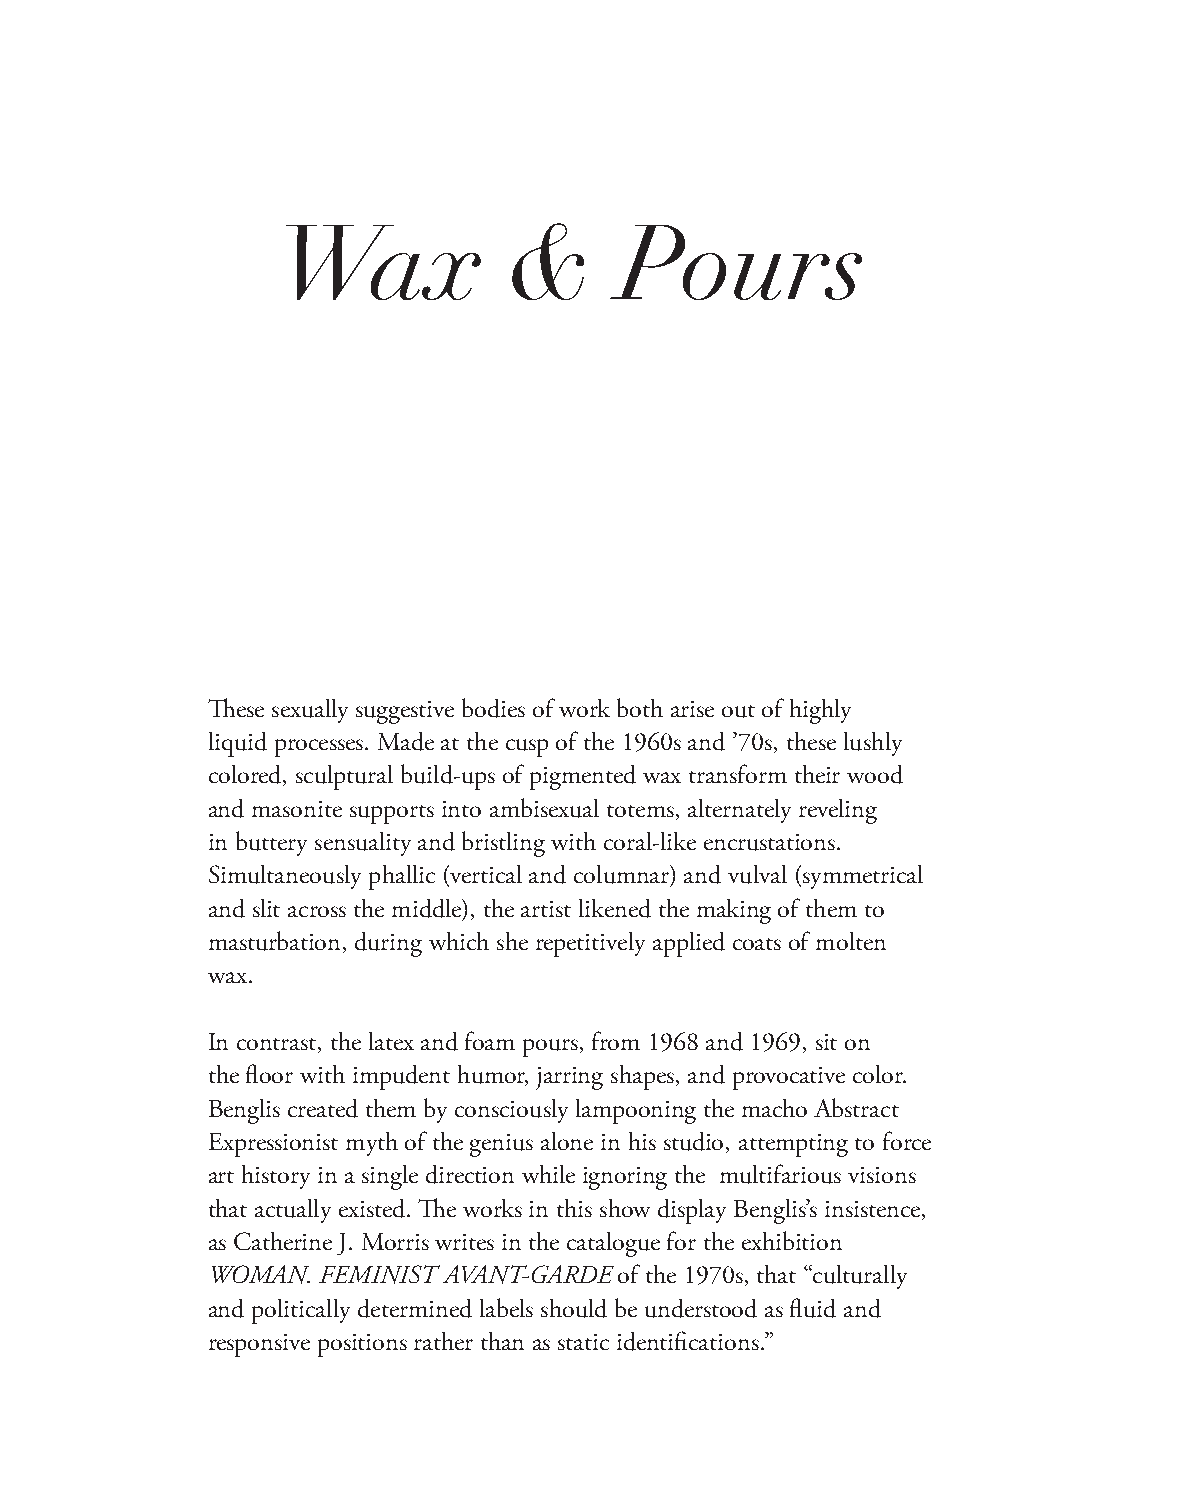
Wax             &      Pours
 These sexually suggestive bodies of work both arise out of highly
 liquid processes. Made at the cusp of the 1960s and ’70s, these lushly
 colored, sculptural build-ups of pigmented wax transform their wood
 and masonite supports into ambisexual totems, alternately reveling
 in buttery sensuality and bristling with coral-like encrustations.
 Simultaneously phallic (vertical and columnar) and vulval (symmetrical
 and slit across the middle), the artist likened the making of them to
 masturbation, during which she repetitively applied coats of molten
 wax.
 In contrast, the latex and foam pours, from 1968 and 1969, sit on
 the floor with impudent humor, jarring shapes, and provocative color.
 Benglis created them by consciously lampooning the macho Abstract
 Expressionist myth of the genius alone in his studio, attempting to force
 art history in a single direction while ignoring the multifarious visions
 that actually existed. The works in this show display Benglis’s insistence,
 as Catherine J. Morris writes in the catalogue for the exhibition
 WOMAN. FEMINIST AVANT-GARDE of the 1970s, that “culturally
 and politically determined labels should be understood as fluid and
 responsive positions rather than as static identifications.”